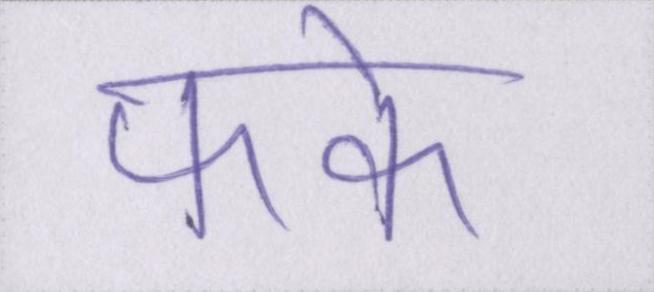
फाके